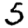
Digit: 5